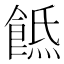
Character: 𩜡